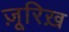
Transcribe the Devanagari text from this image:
ज़ूरिख़